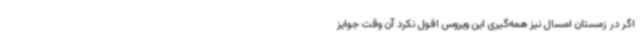
اگر در زمستان امسال نیز همه‌گیری این ویروس افول نکرد آن وقت جوایز